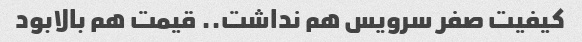
کیفیت صفر سرویس هم نداشت.. قیمت هم بالابود